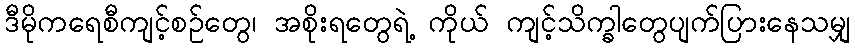
ဒီမိုကရေစီကျင့်စဉ်တွေ၊ အစိုးရတွေရဲ့ ကိုယ် ကျင့်သိက္ခါတွေပျက်ပြားနေသမျှ